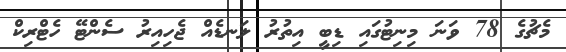
މެޗުގެ 78 ވަނަ މިނިޓުގައި ޑިބީ އިތުރު ލަނޑެއް ޖެހިއިރު ސެންޓޭ ހެޓްރިކް